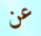
عن